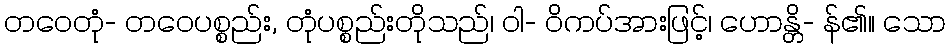
တဝေတုံ- တဝေပစ္စည်း, တုံပစ္စည်းတိုသည်၊ ဝါ- ဝိကပ်အားဖြင့်၊ ဟောန္တိ- န်၏။ သော